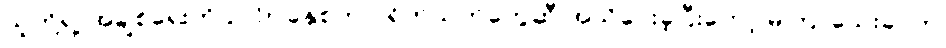
သူတို့ရဲ့ အချစ်ရေးကို 2016 ခုနှစ်က ပရိတ်သတ်တွေဆီ အသိပေးခဲ့ပြီးတော့ မကြာသေးခင်က